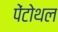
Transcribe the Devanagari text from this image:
पेंटोथल